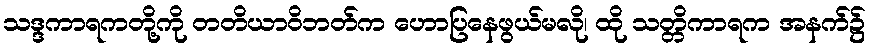
သဒ္ဒကာရကတို့ကို တတိယာဝိဘတ်က ဟောပြနေဖွယ်မလို၊ ထို သတ္တိကာရက အနက်၌